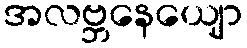
အလဗ္ဘနေယျော